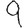
Digit: 9